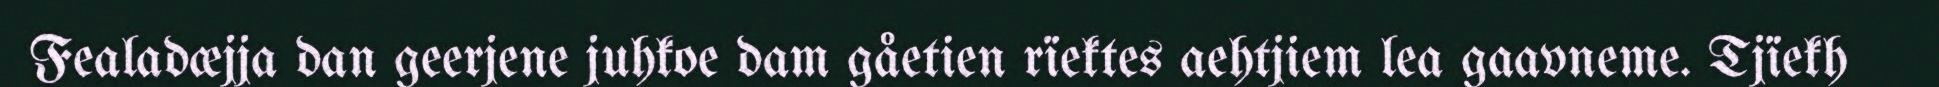
Fealadæjja dan geerjene juhkoe dam gåetien rïektes aehtjiem lea gaavneme. Tjïekh